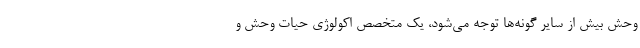
وحش بیش از سایر گونه‌ها توجه می‌شود، یک متخصص اکولوژی حیات‌ وحش و